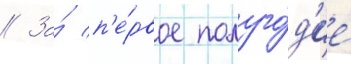
// За́ п'е́рвое полуго́д'ие